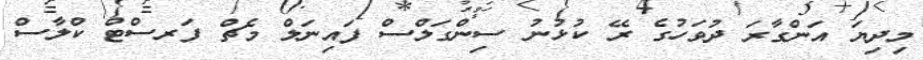
މިދިޔަ އަންގާރަ ދުވަހުގެ ރޭ ކުޅުނު ސިންގަލްސް ފައިނަލް މެޗް ފަރސްޓް ކްލާސް